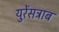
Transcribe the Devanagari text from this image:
युरेंसट्राब